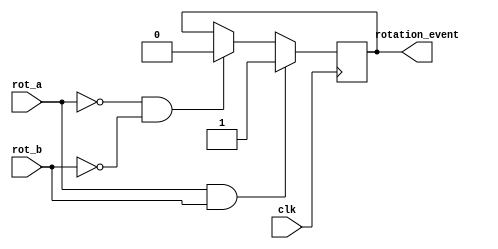
`timescale 1ns / 1ps
//////////////////////////////////////////////////////////////////////////////////
// Company: 
// Engineer: 
// 
// Design Name: 
// Module Name:    detect_event 
// Project Name: 
// Target Devices: 
// Tool versions: 
// Description: 
//
// Dependencies: 
//
// Revision: 
// Revision 0.01 - File Created
// Additional Comments: 
//
//////////////////////////////////////////////////////////////////////////////////
module detect_event(clk, rot_a, rot_b, rotation_event
    );

	input clk, rot_a, rot_b;
	output rotation_event;
	reg rotation_event;
	
	always @ (posedge clk) begin
		if ((rot_a == 1) && (rot_b == 1)) begin
			rotation_event <= 1;
		end
		else if ((rot_a == 0) && (rot_b == 0)) begin
			rotation_event <= 0;
		end
	end

endmodule